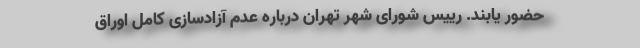
حضور یابند. رییس شورای شهر تهران درباره‌ عدم آزادسازی کامل اوراق